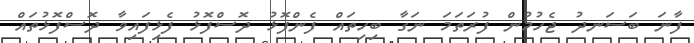
ފާނަ ބަސަނދު ޖެހުމުން ފުރަތަމަ ނަގާ ބިހިތައް ފެންފޮޅު ދޮސްފޮޅު ފެޅިފައިވާ ދޮސްފޮޅުތައް